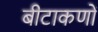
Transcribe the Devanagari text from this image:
बीटाकणों